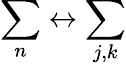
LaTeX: \sum_{n}\leftrightarrow\sum_{j,k}